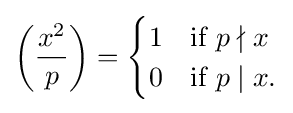
\left({\frac {x^{2}}{p}}\right)={\begin{cases}1&{\mbox{if }}p\nmid x\\0&{\mbox{if }}p\mid x.\end{cases}}